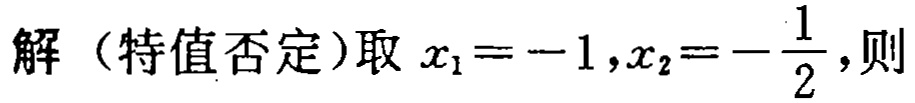
解（特值否定）取 \(x_{1}=-1,x_{2}=-\frac{1}{2}\)，则